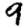
Digit: 9